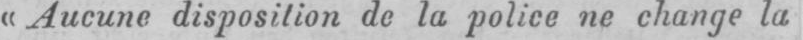
»Aucune disposition de la police ne change la